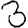
Digit: 3